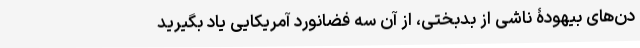
دن‌های بیهودۀ ناشی از بدبختی، از آن سه فضانورد آمریکایی یاد بگیرید